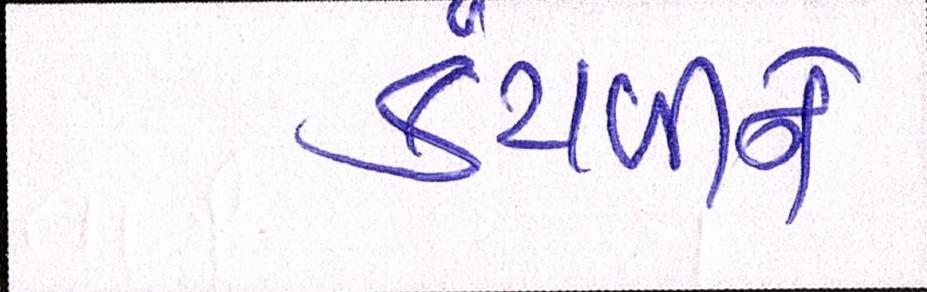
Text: કંટાળીને